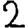
Digit: 2